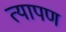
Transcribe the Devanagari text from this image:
त्यापण